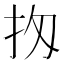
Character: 𢪤